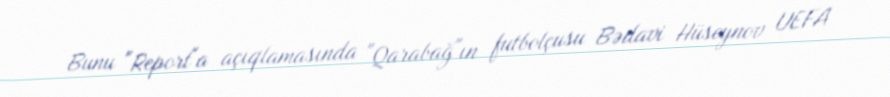
Bunu "Report"a açıqlamasında "Qarabağ"ın futbolçusu Bədavi Hüseynov UEFA